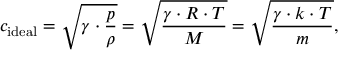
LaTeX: c _ { \mathrm { i d e a l } } = { \sqrt { \gamma \cdot { \frac { p } { \rho } } } } = { \sqrt { \frac { \gamma \cdot R \cdot T } { M } } } = { \sqrt { \frac { \gamma \cdot k \cdot T } { m } } } ,